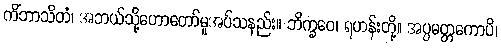
ကိံဘာသိတံ၊ အဘယ်သို့ဟောတော်မူအပ်သနည်း။ ဘိက္ခဝေ၊ ရဟန်းတို့။ အပ္ပမတ္တကောပိ၊